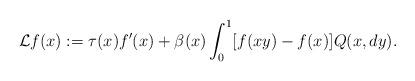
LaTeX: \begin{align*}\mathcal Lf(x):=\tau(x)f'(x)+\beta(x)\int_0^1[f(xy)-f(x)]Q(x,dy).\end{align*}